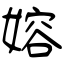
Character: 嫆